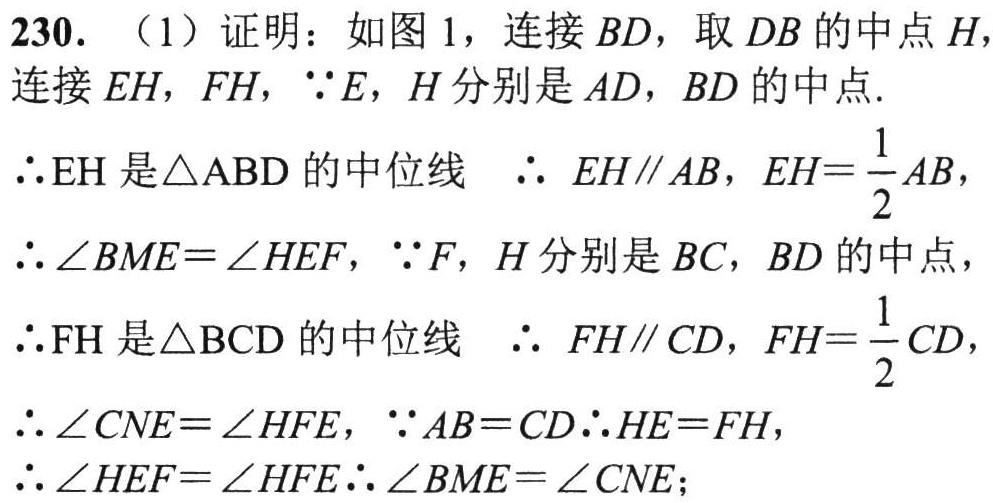
230. （1）证明：如图1，连接 \(BD\)，取 \(DB\) 的中点 \(H\)，连接 \(EH\)，\(FH\)，\(\because E\)，\(H\) 分别是 \(AD\)，\(BD\) 的中点.
\(\therefore EH\) 是\(\triangle ABD\)的中位线  \(\therefore\) \(EH\parallel AB\)，\(EH = \dfrac{1}{2}AB\)，
\(\therefore\angle BME=\angle HEF\)，\(\because F\)，\(H\) 分别是 \(BC\)，\(BD\) 的中点，
\(\therefore FH\) 是\(\triangle BCD\)的中位线  \(\therefore\) \(FH\parallel CD\)，\(FH = \dfrac{1}{2}CD\)，
\(\therefore\angle CNE=\angle HFE\)，\(\because AB = CD\therefore HE = FH\)，
\(\therefore\angle HEF=\angle HFE\therefore\angle BME=\angle CNE\)；